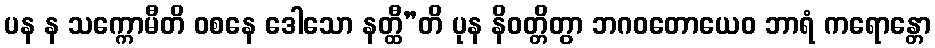
ပန န သက္ကောမီတိ ဝစနေ ဒေါသော နတ္ထီ”တိ ပုန နိဝတ္တိတွာ ဘဂဝတောယေဝ ဘာရံ ကရောန္တော